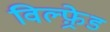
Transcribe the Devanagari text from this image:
विल्फ़्रेड